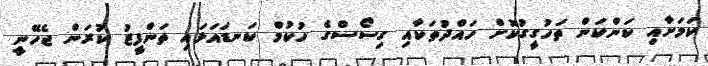
ކަމަށާއި ކަންކަން ތަހުގީގުކޮށް ހައްދުތަކާއި ގިސޯސްގެ ހުކުމް ކަނޑައަޅައި ތަންފީޒު ކުރަން ޖެހޭނީ